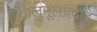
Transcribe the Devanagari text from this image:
तालुमूलप्रदाह